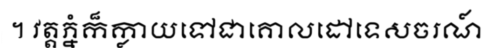
។ វត្តភ្នំក៏ក្លាយទៅជាគោលដៅទេសចរណ៍